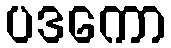
ပဒကော